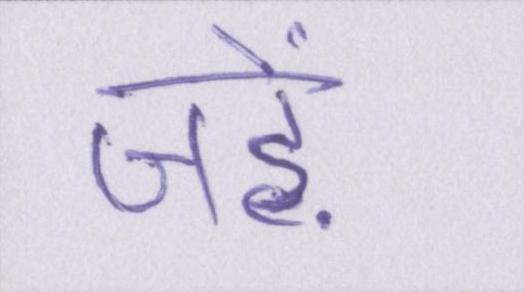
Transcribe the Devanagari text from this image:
जड़ें